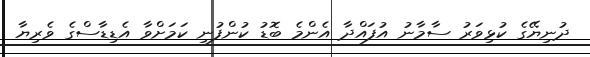
ދުނިޔޭގެ ކުޅިވަރު ސާމާނު އުފައްދާ އެންމެ ބޮޑު ކުންފުނި ކަމަށްވާ އެޑިޑާސްގެ ވެރިޔާ